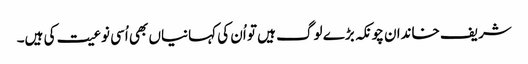
شریف خاندان چونکہ بڑے لوگ ہیں تو اُن کی کہانیاں بھی اُسی نوعیت کی ہیں۔